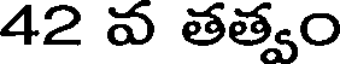
42 వ తత్వం